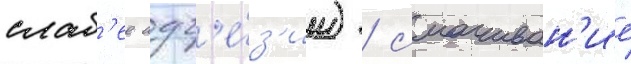
слаб'ее адг'е́з'ии) / смачиван'ие